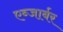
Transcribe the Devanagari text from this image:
एब्जार्बर